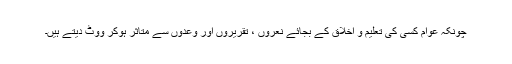
چونکہ عوام کسی کی تعلیم و اخلاق کے بجائے نعروں ، تقریروں اور وعدوں سے متاثر ہوکر ووٹ دیتے ہیں۔